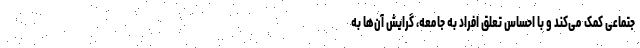
جتماعی کمک می‌کند و با احساس تعلق افراد به جامعه، گرایش آن‌ها به